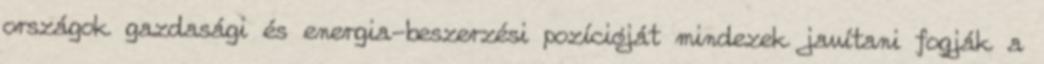
országok gazdasági és energia-beszerzési pozícióját mindezek javítani fogják a